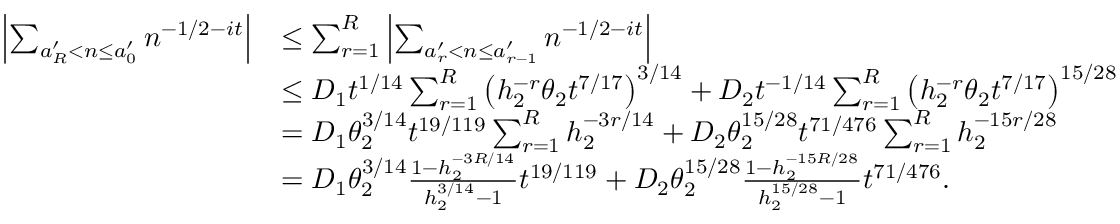
\begin{array} { r l } { \left| \sum _ { a _ { R } ^ { \prime } < n \le a _ { 0 } ^ { \prime } } n ^ { - 1 / 2 - i t } \right| } & { \le \sum _ { r = 1 } ^ { R } \left| \sum _ { a _ { r } ^ { \prime } < n \le a _ { r - 1 } ^ { \prime } } n ^ { - 1 / 2 - i t } \right| } \\ & { \le D _ { 1 } t ^ { 1 / 1 4 } \sum _ { r = 1 } ^ { R } \left( h _ { 2 } ^ { - r } \theta _ { 2 } t ^ { 7 / 1 7 } \right) ^ { 3 / 1 4 } + D _ { 2 } t ^ { - 1 / 1 4 } \sum _ { r = 1 } ^ { R } \left( h _ { 2 } ^ { - r } \theta _ { 2 } t ^ { 7 / 1 7 } \right) ^ { 1 5 / 2 8 } } \\ & { = D _ { 1 } \theta _ { 2 } ^ { 3 / 1 4 } t ^ { 1 9 / 1 1 9 } \sum _ { r = 1 } ^ { R } h _ { 2 } ^ { - 3 r / 1 4 } + D _ { 2 } \theta _ { 2 } ^ { 1 5 / 2 8 } t ^ { 7 1 / 4 7 6 } \sum _ { r = 1 } ^ { R } h _ { 2 } ^ { - 1 5 r / 2 8 } } \\ & { = D _ { 1 } \theta _ { 2 } ^ { 3 / 1 4 } \frac { 1 - h _ { 2 } ^ { - 3 R / 1 4 } } { h _ { 2 } ^ { 3 / 1 4 } - 1 } t ^ { 1 9 / 1 1 9 } + D _ { 2 } \theta _ { 2 } ^ { 1 5 / 2 8 } \frac { 1 - h _ { 2 } ^ { - 1 5 R / 2 8 } } { h _ { 2 } ^ { 1 5 / 2 8 } - 1 } t ^ { 7 1 / 4 7 6 } . } \end{array}